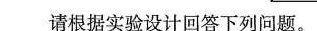
请根据实验设计回答下列问题。